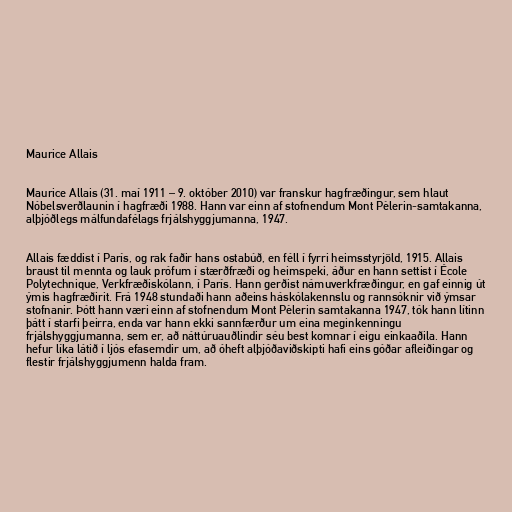
Maurice Allais

Maurice Allais (31. maí 1911 – 9. október 2010) var franskur hagfræðingur, sem hlaut
Nóbelsverðlaunin í hagfræði 1988. Hann var einn af stofnendum Mont Pèlerin-samtakanna,
alþjóðlegs málfundafélags frjálshyggjumanna, 1947.

Allais fæddist í París, og rak faðir hans ostabúð, en féll í fyrri heimsstyrjöld, 1915. Allais
braust til mennta og lauk prófum í stærðfræði og heimspeki, áður en hann settist í École
Polytechnique, Verkfræðiskólann, í París. Hann gerðist námuverkfræðingur, en gaf einnig út
ýmis hagfræðirit. Frá 1948 stundaði hann aðeins háskólakennslu og rannsóknir við ýmsar
stofnanir. Þótt hann væri einn af stofnendum Mont Pèlerin samtakanna 1947, tók hann lítinn
þátt í starfi þeirra, enda var hann ekki sannfærður um eina meginkenningu
frjálshyggjumanna, sem er, að náttúruauðlindir séu best komnar í eigu einkaaðila. Hann
hefur líka látið í ljós efasemdir um, að óheft alþjóðaviðskipti hafi eins góðar afleiðingar og
flestir frjálshyggjumenn halda fram.